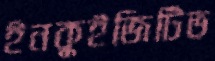
ইনকুইজিটিভ